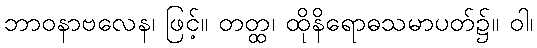
ဘာဝနာဗလေန၊ ဖြင့်။ တတ္ထ၊ ထိုနိရောဓသမာပတ်၌။ ဝါ၊